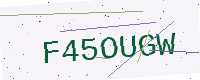
Text: F45OUGW